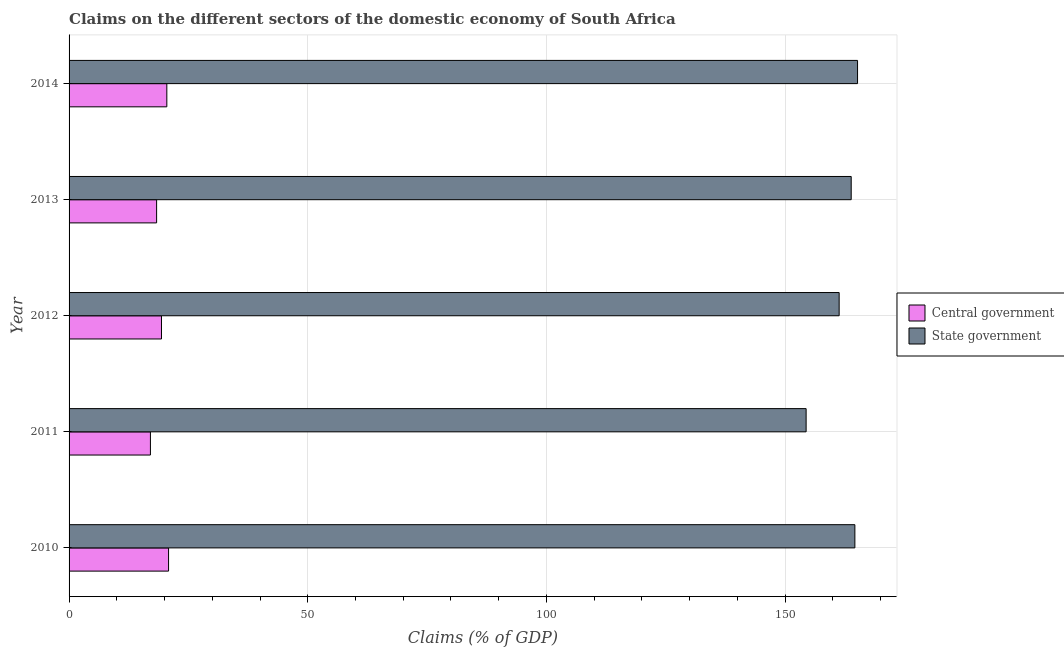
| Year | Central government | State government |
 | --- | --- | --- |
 | 2010 | 20.8 | 165 |
 | 2011 | 17 | 154 |
 | 2012 | 19.4 | 161 |
 | 2013 | 18.3 | 164 |
 | 2014 | 20.5 | 165 |